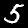
Label: 5